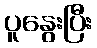
ပူနွေးပြီး